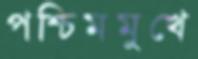
পশ্চিমমুখে